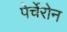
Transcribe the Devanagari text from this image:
पेर्चेरोन